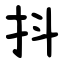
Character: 抖